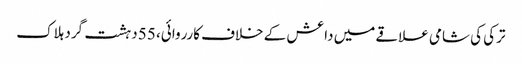
ترکی کی شامی علاقے میں داعش کے خلاف کارروائی، 55 دہشت گرد ہلاک